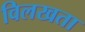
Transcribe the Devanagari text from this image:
विलखता